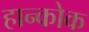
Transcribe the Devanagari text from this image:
हान्कोक